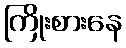
ကြိုးစားနေ